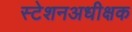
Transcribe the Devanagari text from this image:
स्टेशनअधीक्षक